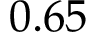
0 . 6 5